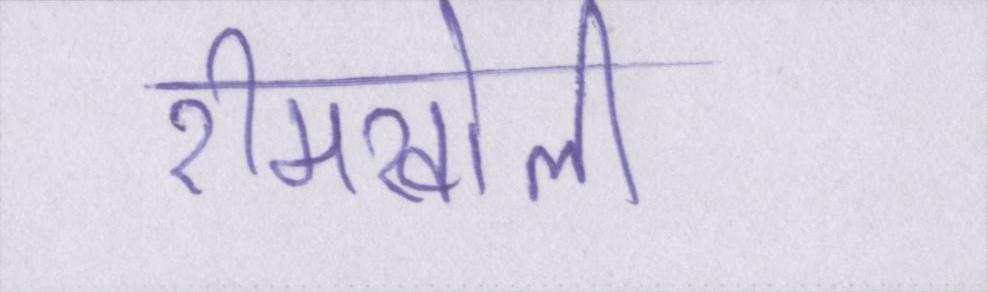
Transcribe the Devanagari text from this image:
रीमखोली